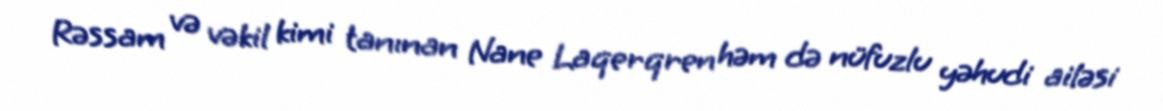
Rəssam və vəkil kimi tanınan Nane Laqerqren həm də nüfuzlu yəhudi ailəsi